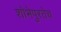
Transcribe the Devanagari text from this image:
शोभेपुरतेच